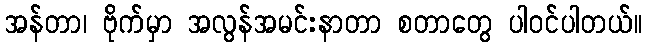
အန်တာ၊ ဗိုက်မှာ အလွန်အမင်းနာတာ စတာတွေ ပါဝင်ပါတယ်။